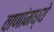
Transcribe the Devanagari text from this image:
वाणांमध्ये